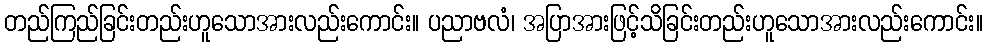
တည်ကြည်ခြင်းတည်းဟူသောအားလည်းကောင်း။ ပညာဗလံ၊ အပြာအားဖြင့်သိခြင်းတည်းဟူသောအားလည်းကောင်း။